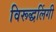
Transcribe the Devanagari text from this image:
विरूद्धलिंगी